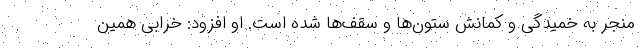
منجر به خمیدگی و کمانش ستون‌ها و سقف‌ها شده است. او افزود: خرابی همین